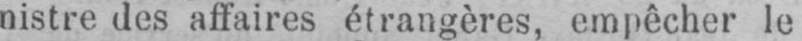
nistre des affaires étrangères, empêcher le